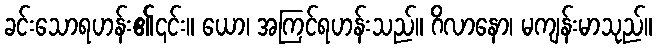
ခင်းသောရဟန်း၏၎င်း။ ယော၊ အကြင်ရဟန်းသည်။ ဂိလာနော၊ မကျန်းမာသုည်။